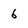
Character: 6